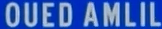
OUEDAMLIL